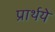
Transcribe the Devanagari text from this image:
प्रार्थये